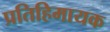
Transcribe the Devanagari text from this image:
प्रतिहिमायक